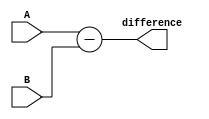
module behavioral_subtractor (
    input [7:0] A,
    input [7:0] B,
    output [7:0] difference
);

assign difference = A - B;

endmodule